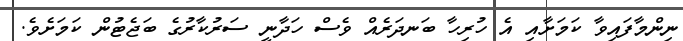
ނިންމާފައިވާ ކަމަށާއި އެ ހުރިހާ ބަނދަރެއް ވެސް ހަދާނީ ސަރުކާރުގެ ބަޖެޓުން ކަމަށެވެ.